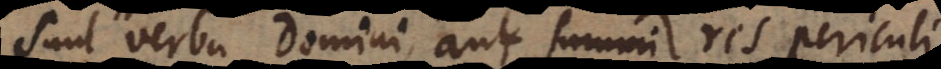
sunt verba Domini, aut summi res periculi